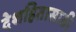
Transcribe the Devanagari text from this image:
देशहितासाठी